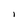
Character: l